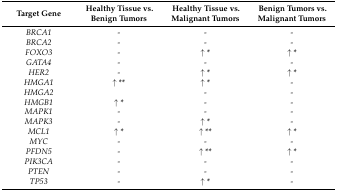
| Target Gene | Healthy Tissue vs. Benign Tumors | Healthy Tissue vs. Malignant Tumors | Benign Tumors vs. Malignant Tumors |
 | --- | --- | --- | --- |
 | BRCA1 | - | - | - |
 | BRCA2 | - | - | - |
 | FOXO3 | - | ↑ * | ↑ * |
 | GATA4 | - | - | - |
 | HER2 | - | ↑ * | ↑ * |
 | HMGA1 | ↑ ** | ↑ * | - |
 | HMGA2 |  | - | - |
 | HMGB1 | ↑ * | - | - |
 | MAPK1 | - | - | - |
 | MAPK3 | - | ↑ * | - |
 | MCL1 | ↑ * | ↑ ** | ↑ * |
 | MYC | - | - | - |
 | PFDN5 | - | ↑ ** | ↑ * |
 | PIK3CA | - | - | - |
 | PTEN | - | - | - |
 | TP53 | - | ↑ * | - |